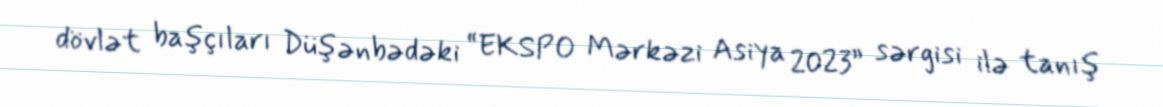
dövlət başçıları Düşənbədəki “EKSPO Mərkəzi Asiya 2023” sərgisi ilə tanış